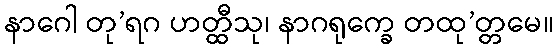
နာဂေါ တု’ရဂ ဟတ္ထီသု၊ နာဂရုက္ခေ တထု’တ္တမေ။